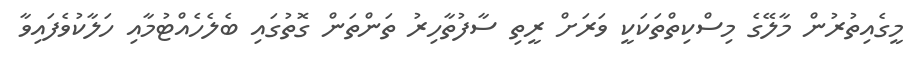
މީގެއިތުރުން މާލޭގެ މިސްކިތްތަކަކީ ވަރަށް ރީތި ސާފުތާހިރު ތަންތަން ގޮތުގައި ބެލެހެއްޓުމާއި ހަލާކުވެފައިވާ